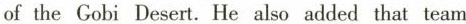
of the Gobi Desert.He also added that team